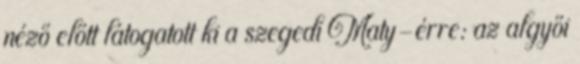
néző előtt látogatott ki a szegedi Maty-érre: az algyői